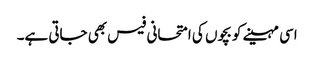
اسی مہینے کو بچوں کی امتحانی فیس بھی جاتی ہے۔